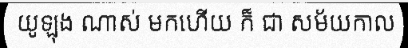
យូឡុង ណាស់ មកហើយ ក៏ ជា សម័យកាល